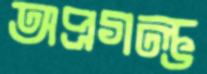
অপ্রগল্ভ